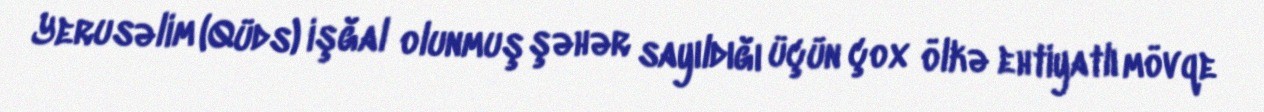
Yerusəlim (Qüds) işğal olunmuş şəhər sayıldığı üçün çox ölkə ehtiyatlı mövqe